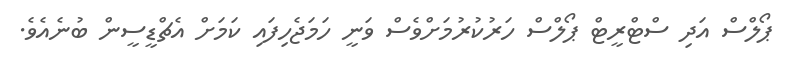
ޕޯލްސް އަދި ސްޓްރީޓް ޕޯލްސް ހަރުކުރުމަށްވެސް ވަނީ ހަމަޖެހިފައި ކަމަށް އެޗްޑީސީން ބުނެއެވެ.